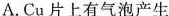
A.Cu片上有气泡产生